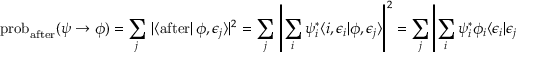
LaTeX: \operatorname { p r o b } _ { \mathrm { a f t e r } } ( \psi \to \phi ) = \sum _ { j } \, \left| \langle { \mathrm { a f t e r } } \right| \phi , \epsilon _ { j } \rangle | ^ { 2 } = \sum _ { j } \, \left| \sum _ { i } \psi _ { i } ^ { * } \langle i , \epsilon _ { i } | \phi , \epsilon _ { j } \rangle \right| ^ { 2 } = \sum _ { j } \left| \sum _ { i } \psi _ { i } ^ { * } \phi _ { i } \langle \epsilon _ { i } | \epsilon _ { j } \rangle \right| ^ { 2 } .